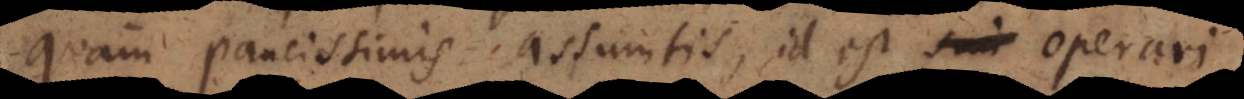
quam paucissimis assumtis, id est operari